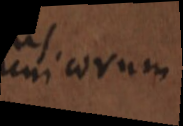
unicorum